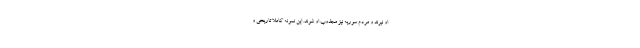
او نبرند و مردم سوریه نیز مجذوب او شوند. این نمونه کاملاً تاریخی و